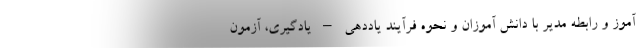
آموز و رابطه مدیر با دانش آموزان و نحوه فرآیند یاددهی – یادگیری، آزمون